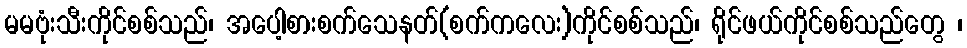
မမဗုံးသီးကိုင်စစ်သည်၊ အပေါ့စားစက်သေနတ်(စက်ကလေး)ကိုင်စစ်သည်၊ ရိုင်ဖယ်ကိုင်စစ်သည်တွေ ၊